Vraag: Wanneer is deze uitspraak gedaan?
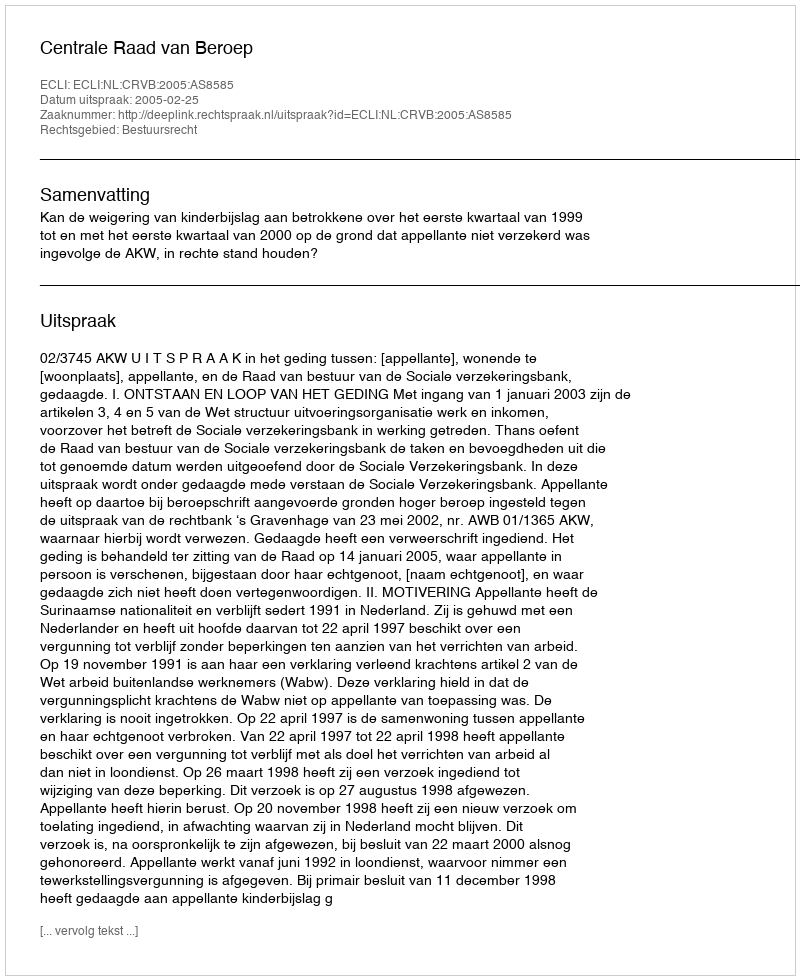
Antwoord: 2005-02-25